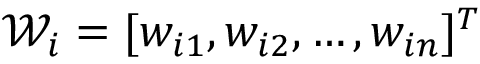
\mathcal { W } _ { i } = [ w _ { i 1 } , w _ { i 2 } , \ldots , w _ { i n } ] ^ { T }